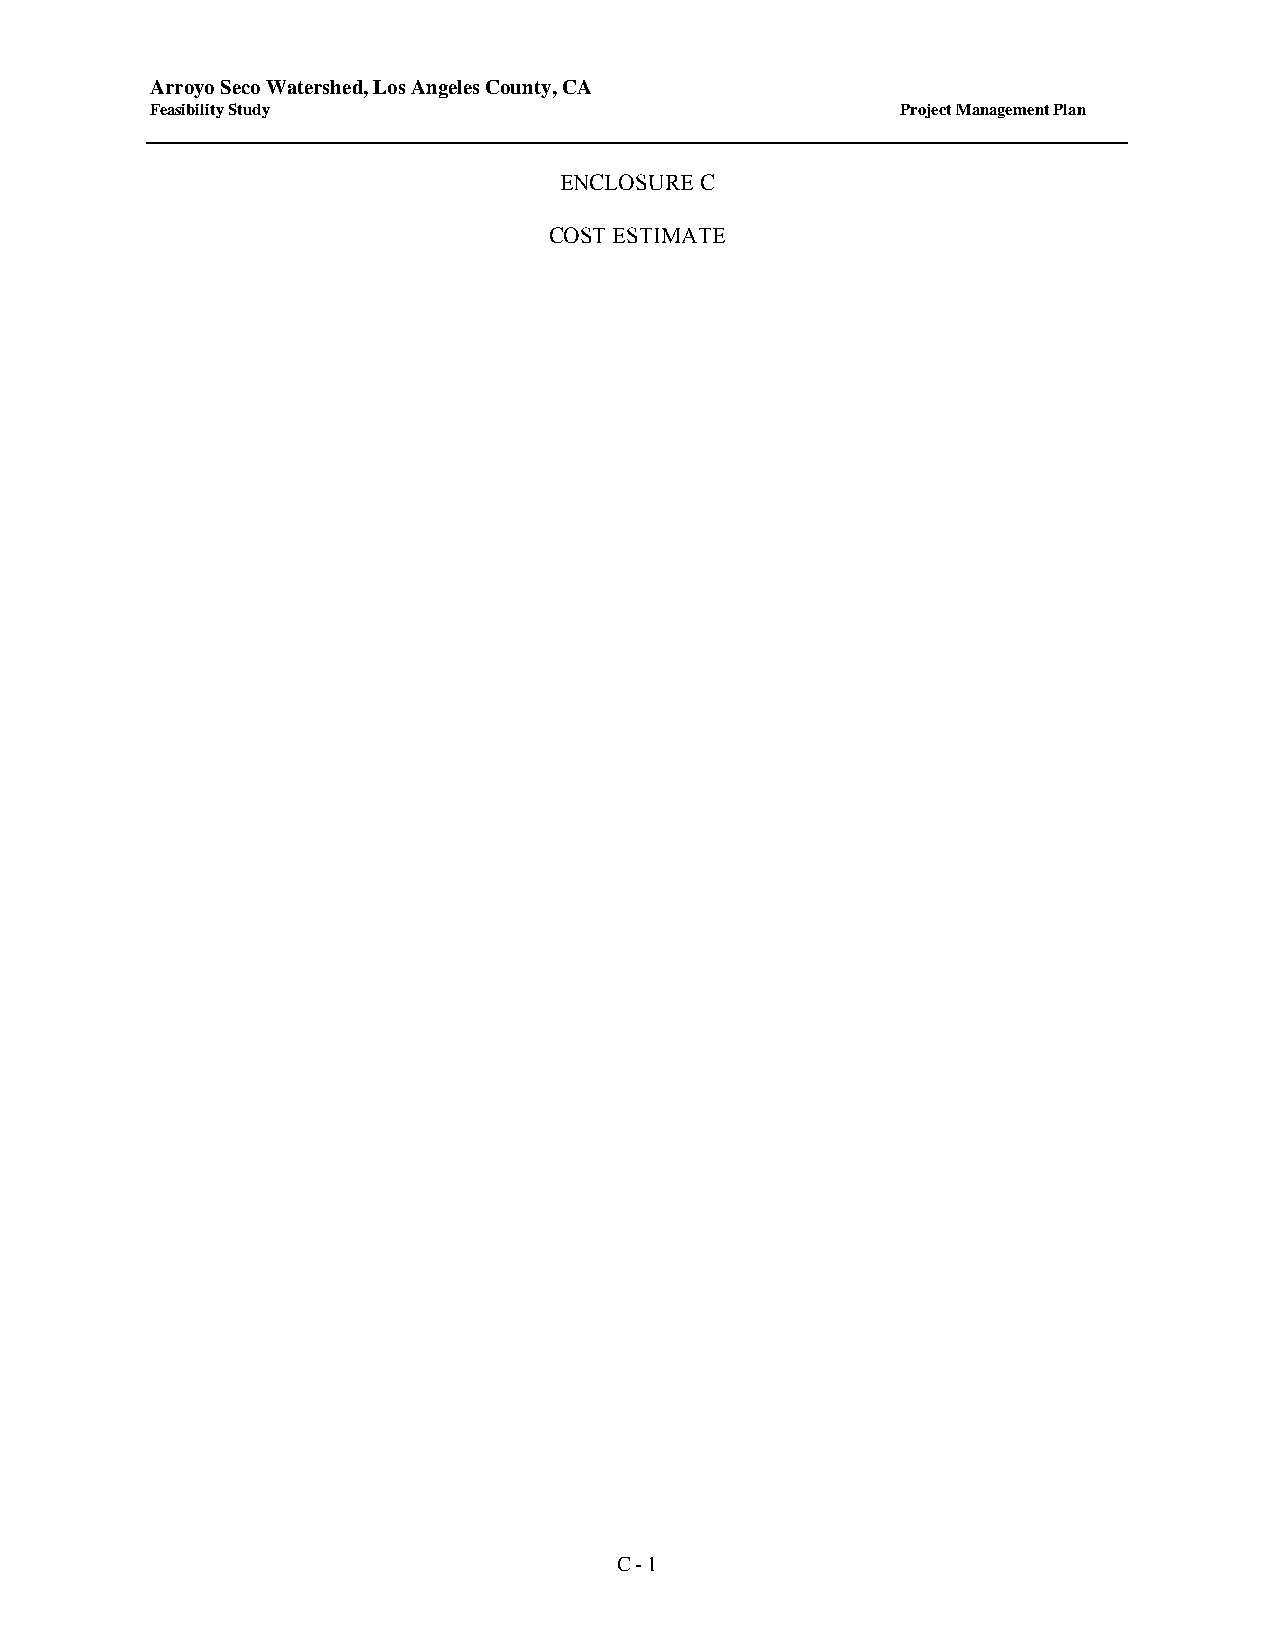
Arroyo Seco Watershed, Los Angeles County, CA
 Feasibility Study                                 Project Management Plan
 ENCLOSURE C
 COST ESTIMATE
 C - 1